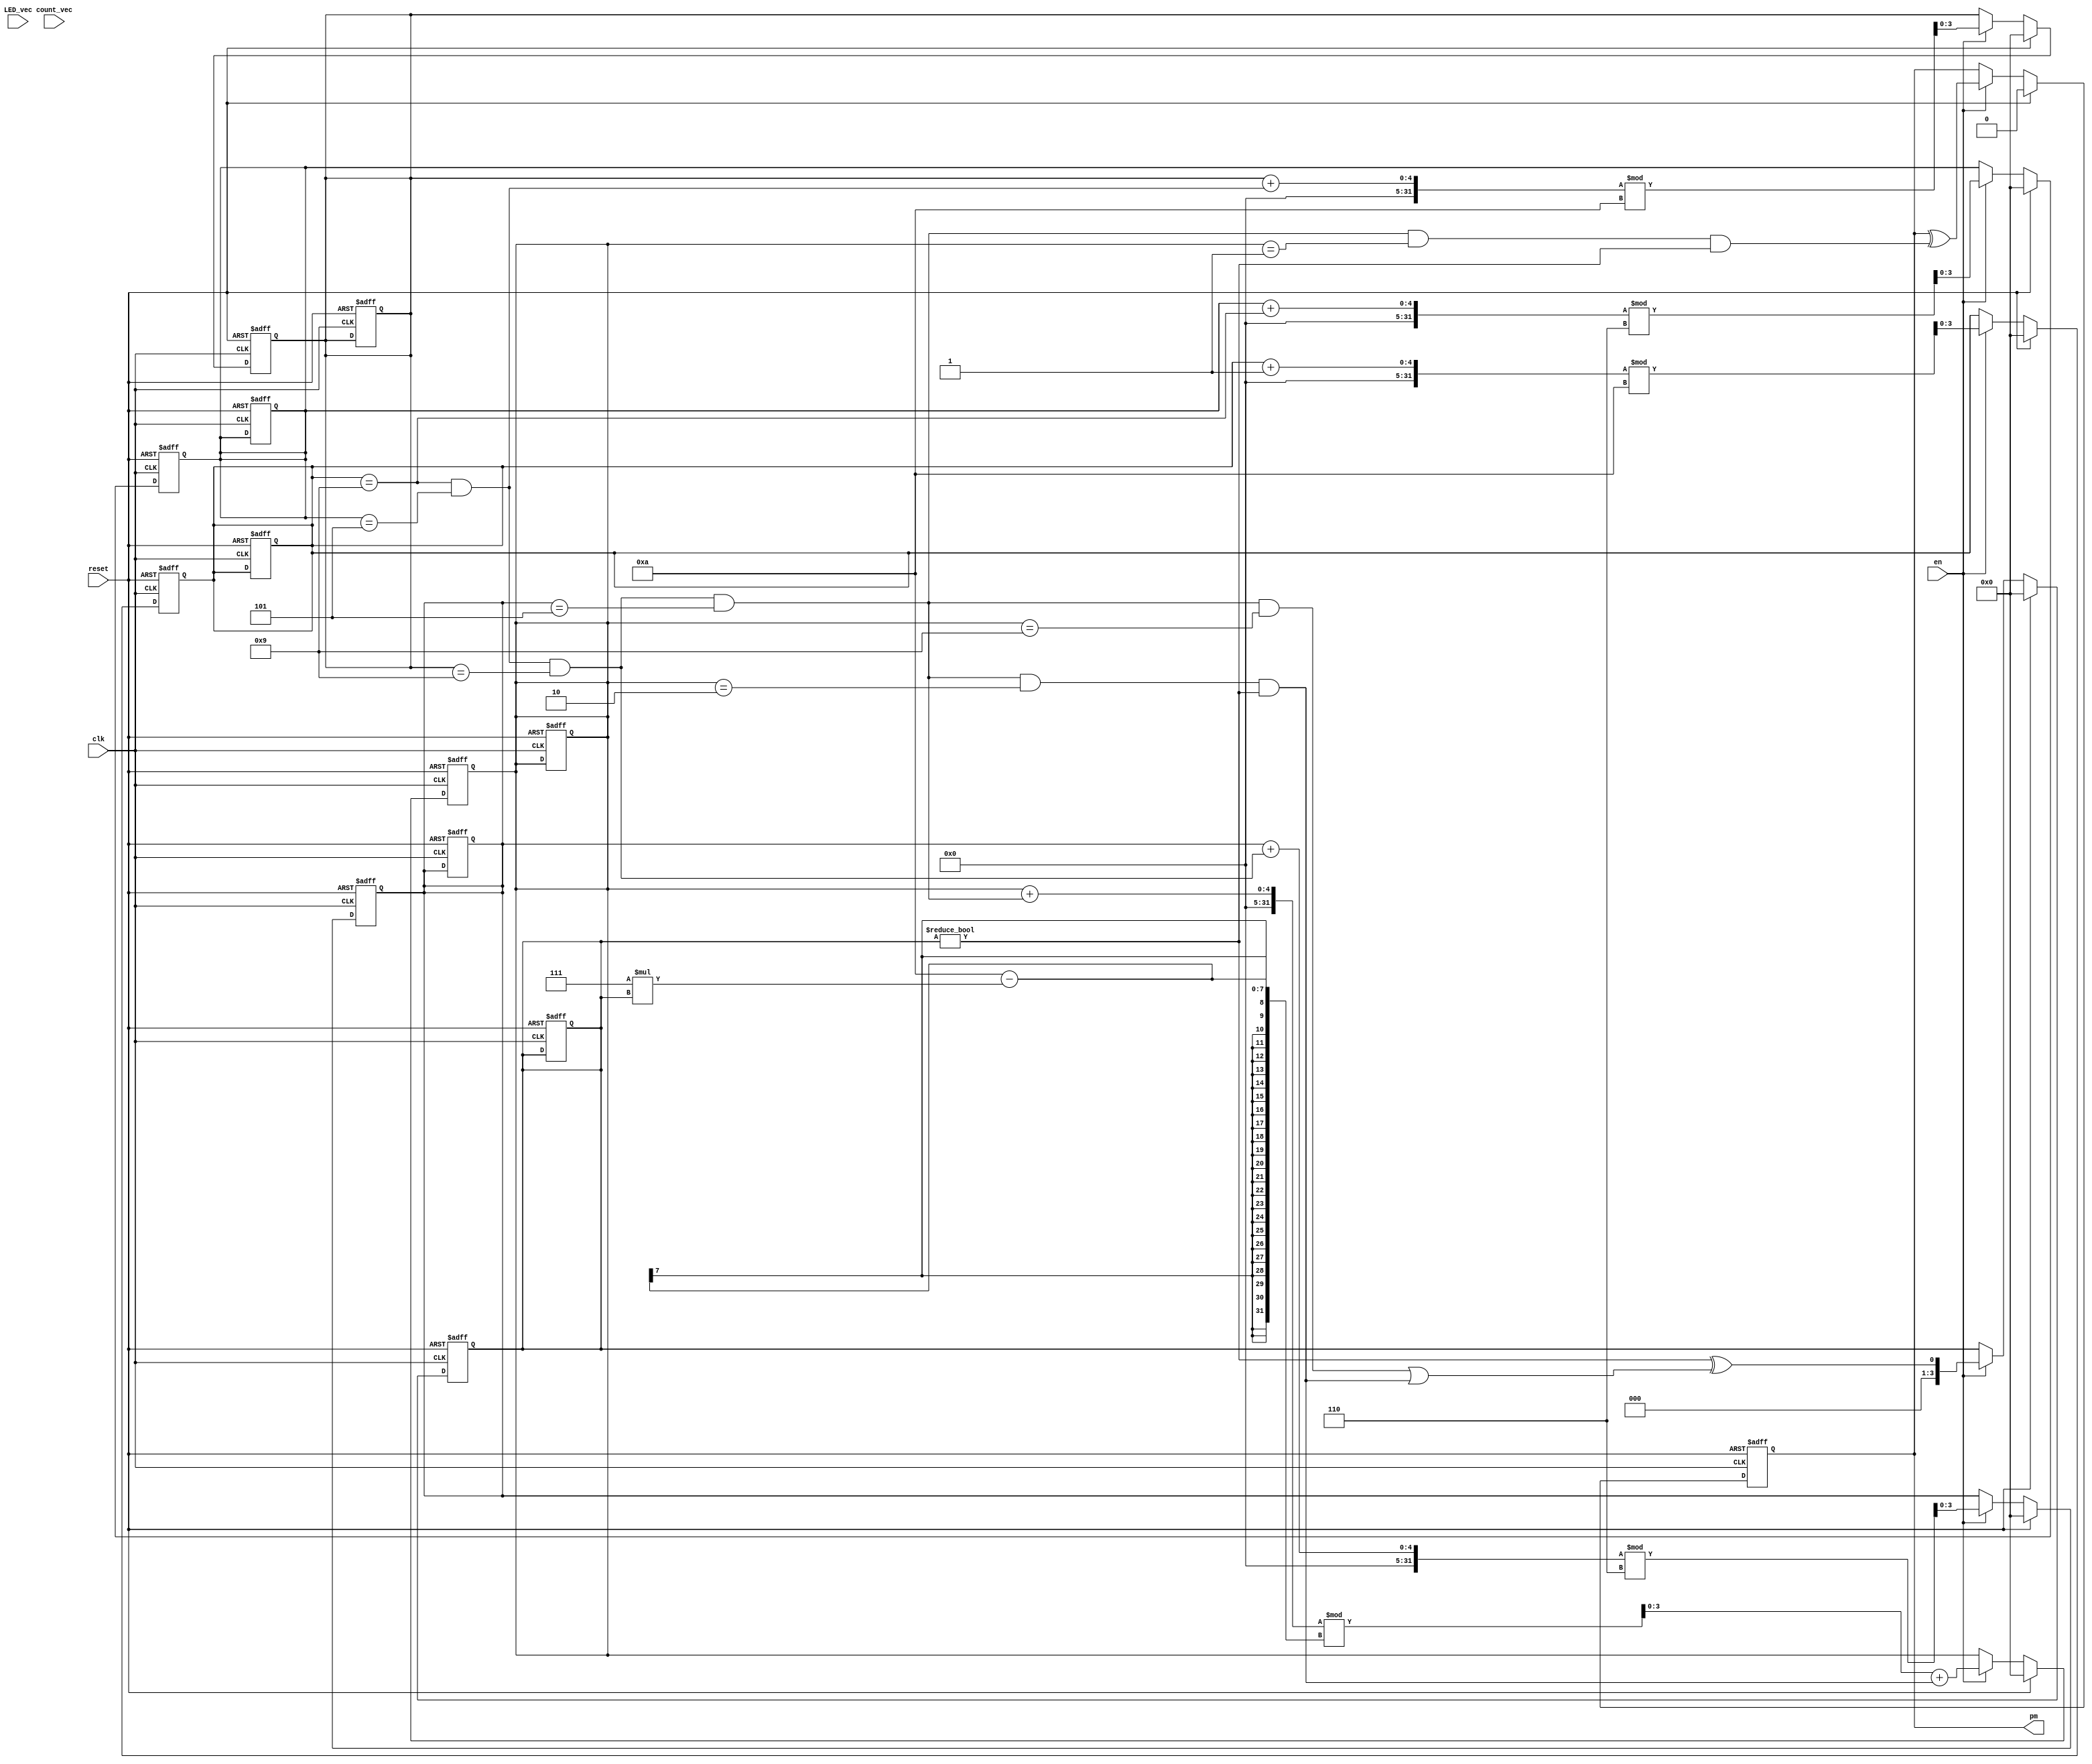
module clock (
    clk,
    reset,
    en,
    count_vec,
    pm,
    LED_vec
);


input clk;
input reset;
input en;
input [23:0] count_vec;
output pm;
reg pm;
input [41:0] LED_vec;


reg [3:0] count [0:6-1];
reg [6:0] LED [0:6-1];




always @(posedge clk, posedge reset) begin: CLOCK_COUNTER
    if (reset == 1) begin
        count[0] <= 0;
        count[1] <= 0;
        count[2] <= 0;
        count[3] <= 0;
        count[4] <= 0;
        count[5] <= 0;
    end
    else begin
        if (en) begin
            count[0] <= ((count[0] + 1) % 10);
            count[1] <= ((count[1] + (count[0] == 9)) % 6);
            count[2] <= ((count[2] + ((count[0] == 9) && (count[1] == 5))) % 10);
            count[3] <= ((count[3] + ((count[0] == 9) && (count[1] == 5) && (count[2] == 9))) % 6);
            count[4] <= (((count[4] + ((count[0] == 9) && (count[1] == 5) && (count[2] == 9) && (count[3] == 5))) % (10 - (7 * count[5]))) + ((count[0] == 9) && (count[1] == 5) && (count[2] == 9) && (count[3] == 5) && (count[4] == 2) && (count[5] != 0)));
        end
        if (reset) begin
            count[0] <= 0;
            count[1] <= 0;
            count[2] <= 0;
            count[3] <= 0;
            count[4] <= 0;
        end
    end
end


always @(posedge clk, posedge reset) begin: CLOCK_TFF
    if (reset == 1) begin
        count[0] <= 0;
        count[1] <= 0;
        count[2] <= 0;
        count[3] <= 0;
        count[4] <= 0;
        count[5] <= 0;
        pm <= 0;
    end
    else begin
        if (en) begin
            count[5] <= ((count[5] != 0) ^ (((count[0] == 9) && (count[1] == 5) && (count[2] == 9) && (count[3] == 5) && (count[4] == 9)) || ((count[0] == 9) && (count[1] == 5) && (count[2] == 9) && (count[3] == 5) && (count[4] == 2) && (count[5] != 0))));
            pm <= (pm ^ ((count[0] == 9) && (count[1] == 5) && (count[2] == 9) && (count[3] == 5) && (count[4] == 1) && (count[5] != 0)));
        end
        if (reset) begin
            count[5] <= 0;
            pm <= 0;
        end
    end
end


always @(count[0], count[1], count[2], count[3], count[4], count[5]) begin: CLOCK_DECODER
    integer i;
    for (i=0; i<6; i=i+1) begin
        LED[i] = {(((count[i][0] && (!count[i][1]) && (!count[i][2]) && (!count[i][3])) || ((!count[i][0]) && (!count[i][1]) && count[i][2]) || (count[i][1] && count[i][3])) != 0), (((count[i][0] && (!count[i][1]) && count[i][2]) || ((!count[i][0]) && count[i][1] && count[i][2]) || (count[i][1] && count[i][3])) != 0), ((((!count[i][0]) && count[i][1] && (!count[i][2])) || (count[i][2] && count[i][3])) != 0), (((count[i][0] && (!count[i][1]) && (!count[i][2]) && (!count[i][3])) || (count[i][0] && count[i][1] && count[i][2]) || ((!count[i][0]) && (!count[i][1]) && count[i][2])) != 0), ((count[i][0] || ((!count[i][1]) && count[i][2])) != 0), (((count[i][0] && (!count[i][2]) && (!count[i][3])) || (count[i][0] && count[i][1]) || (count[i][1] && (!count[i][2]))) != 0), (((count[i][0] && count[i][1] && count[i][2]) || ((!count[i][1]) && (!count[i][2]) && (!count[i][3]))) != 0)};
    end
    if ((!(count[5] != 0))) begin
        LED[5] = 127;
    end
end

endmodule